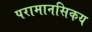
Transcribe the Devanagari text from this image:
परामानसिकय